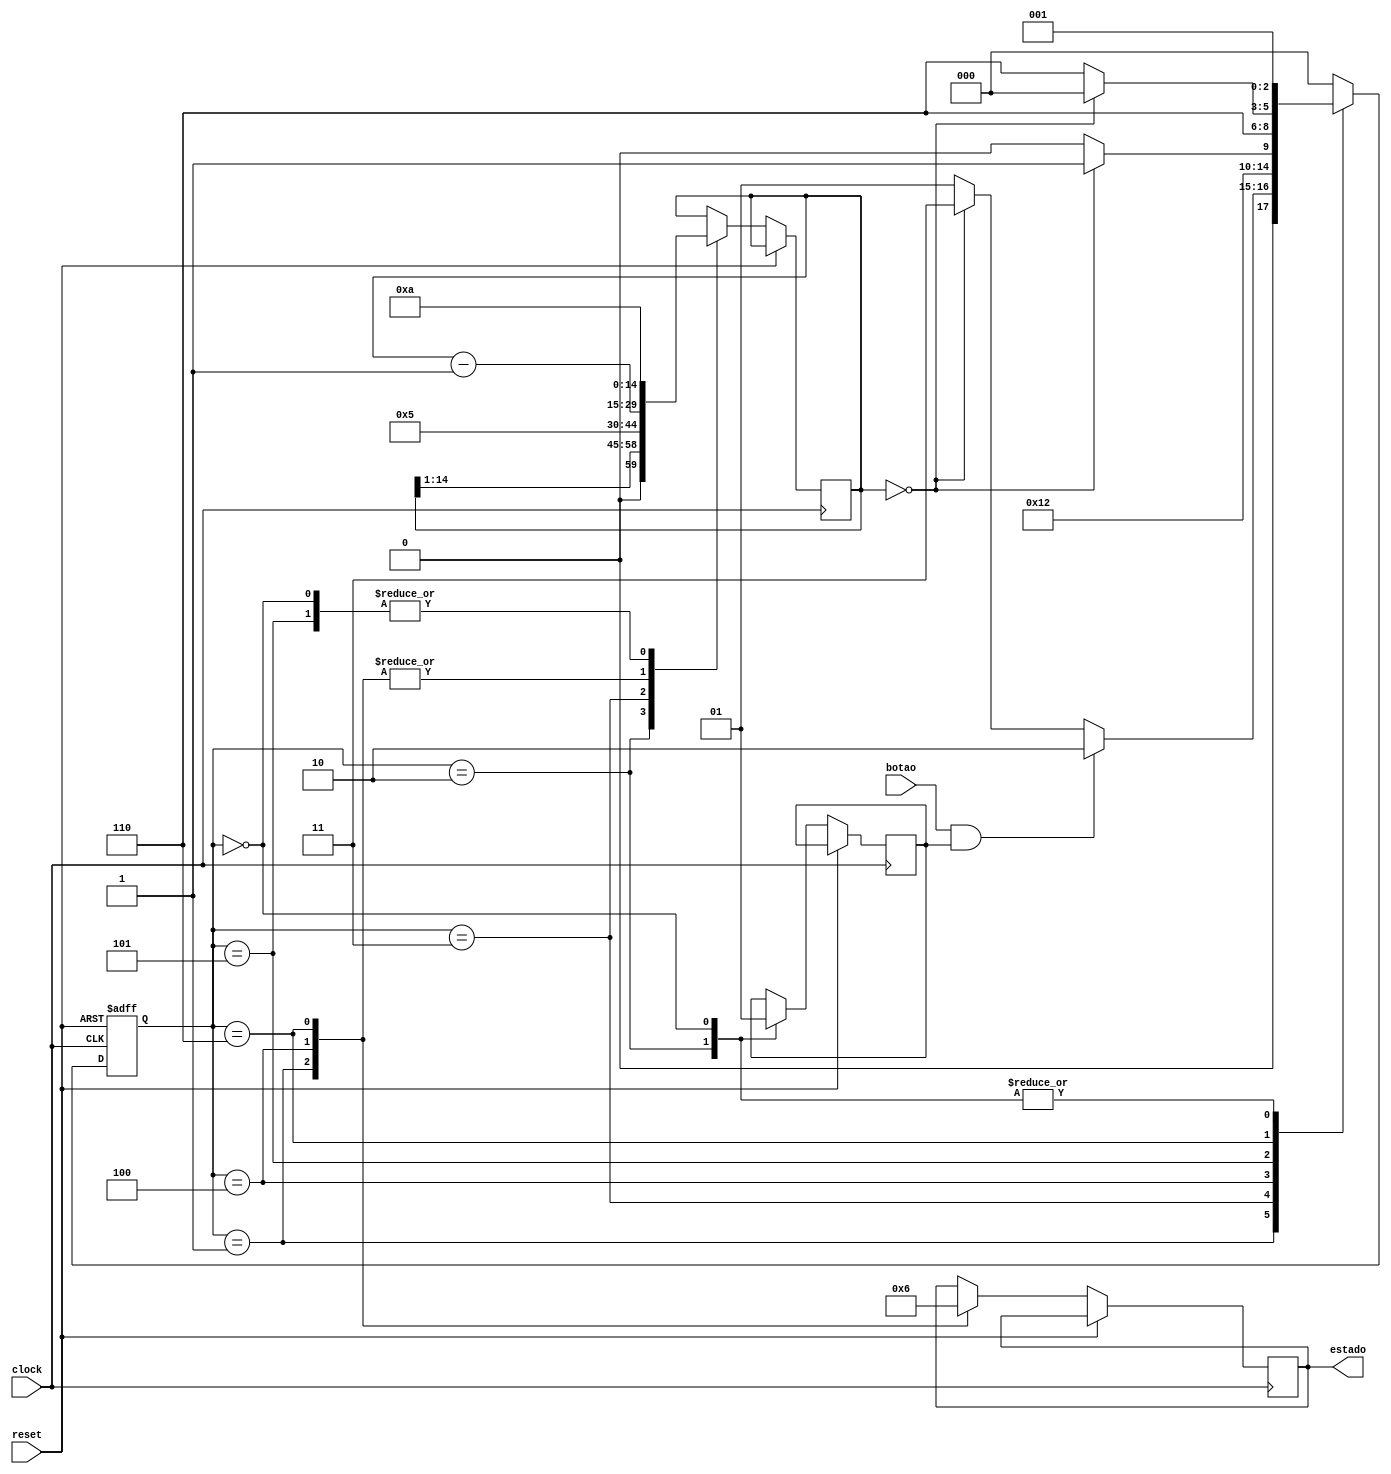
module semaforo(
input clock,
input reset,
input botao,
output reg[1:0] estado);


reg flag;
reg [2:0] fsm, next;
reg [14:0]count;


parameter preVerde = 0;
parameter verde = 1;
parameter bot = 2;
parameter preAmarelo = 3;
parameter amarelo = 4;
parameter preVermelho = 5;
parameter vermelho = 6;

initial begin
	fsm = preVerde; //verde
	//next = preVerde; //verde
	//count = 10;
	//flag = 1'b0;
end



always@(posedge clock or posedge reset) begin
	if(reset) begin
		fsm <= preVerde;
	end
	else begin
		fsm <= next;
		case(fsm)
			verde: begin
				count <= count-1;
				estado <= 00;
			end
			bot: begin
				count[14:0] <= {1'b0, count[14:1]};
				flag <= 0;
				end
			preAmarelo: count <= 5;
			amarelo: begin
				estado <= 01;
				count <= count-1;
				end
			preVermelho: count <= 10;
			vermelho: begin
				estado <= 10;
				count <= count-1;
				end
			preVerde: begin
				count <= 10;	
				flag <= 1;
			  end	  		  
		endcase
	end
end
always@(*)begin
	case(fsm)
		verde: begin
			if(botao && flag) next <= bot;
			else if(count == 0) next <= preAmarelo;
			else next <= verde;
		end
		bot: begin 
			next <= verde;
		end
		preAmarelo: begin
			next <= amarelo;
		end
		amarelo: begin
				if(count==0) next <= preVermelho;
				else next <= amarelo;
		end
		preVermelho: begin
			next <= vermelho;
		end
		vermelho: begin
			if(count==0) next <= preVerde;
			else next <= vermelho;
		end
		preVerde: begin
			next <= verde;		  
		end
		default: begin
			next <= preVerde;
		end
	endcase
end


endmodule